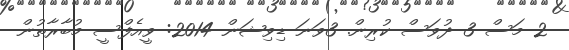
2 މަސް 3 ދުވަސް ކުރިން. 3ވަނަ ޑިވިޝަން 2014: ވީއެފްސީ މުބާރާތުން